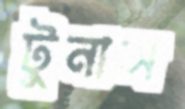
টুনাস